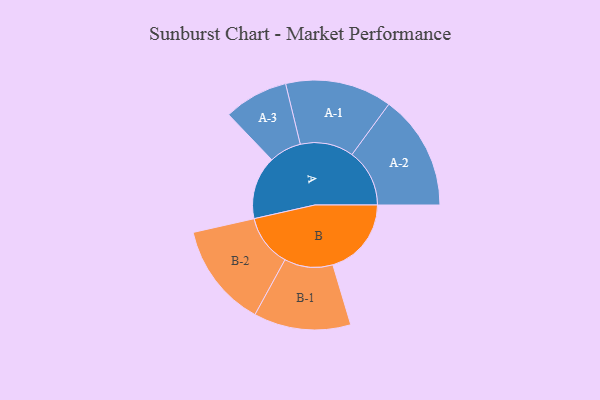
{"axis": {"x": "Segment", "y": "Value"}, "legend": ["", "A", "B"], "data": [{"x": "A", "y": 286, "type": ""}, {"x": "B", "y": 356, "type": ""}, {"x": "A-1", "y": 242, "type": "A"}, {"x": "A-2", "y": 261, "type": "A"}, {"x": "A-3", "y": 146, "type": "A"}, {"x": "B-1", "y": 220, "type": "B"}, {"x": "B-2", "y": 236, "type": "B"}]}